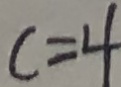
c = 4